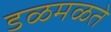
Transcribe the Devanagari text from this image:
डळमळते